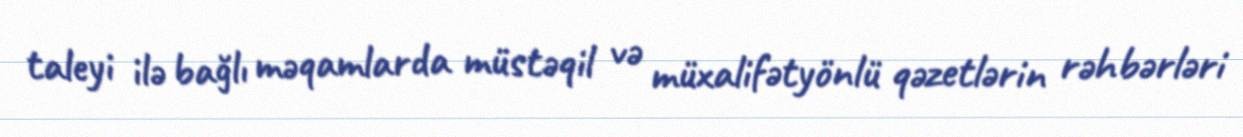
taleyi ilə bağlı məqamlarda müstəqil və müxalifətyönlü qəzetlərin rəhbərləri